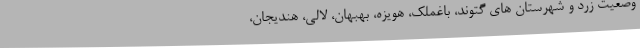
وضعیت زرد و شهرستان های گتوند، باغملک، هویزه، بهبهان، لالی، هندیجان،